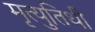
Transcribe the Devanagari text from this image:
मृत्युतिथी